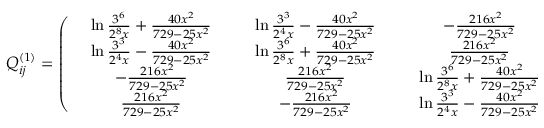
Q _ { i j } ^ { ( 1 ) } = \left( \begin{array} { c c c c } { { \; \; \; \ln \frac { 3 ^ { 6 } } { 2 ^ { 8 } x } + \frac { 4 0 x ^ { 2 } } { 7 2 9 - 2 5 x ^ { 2 } } \; \; \; } } & { { \; \; \; \ln \frac { 3 ^ { 3 } } { 2 ^ { 4 } x } - \frac { 4 0 x ^ { 2 } } { 7 2 9 - 2 5 x ^ { 2 } } \; \; \; } } & { { - \frac { 2 1 6 x ^ { 2 } } { 7 2 9 - 2 5 x ^ { 2 } } } } & { { \frac { 2 1 6 x ^ { 2 } } { 7 2 9 - 2 5 x ^ { 2 } } } } \\ { { \ln \frac { 3 ^ { 3 } } { 2 ^ { 4 } x } - \frac { 4 0 x ^ { 2 } } { 7 2 9 - 2 5 x ^ { 2 } } } } & { { \ln \frac { 3 ^ { 6 } } { 2 ^ { 8 } x } + \frac { 4 0 x ^ { 2 } } { 7 2 9 - 2 5 x ^ { 2 } } } } & { { \frac { 2 1 6 x ^ { 2 } } { 7 2 9 - 2 5 x ^ { 2 } } } } & { { - \frac { 2 1 6 x ^ { 2 } } { 7 2 9 - 2 5 x ^ { 2 } } } } \\ { { - \frac { 2 1 6 x ^ { 2 } } { 7 2 9 - 2 5 x ^ { 2 } } } } & { { \frac { 2 1 6 x ^ { 2 } } { 7 2 9 - 2 5 x ^ { 2 } } } } & { { \; \; \; \ln \frac { 3 ^ { 6 } } { 2 ^ { 8 } x } + \frac { 4 0 x ^ { 2 } } { 7 2 9 - 2 5 x ^ { 2 } } \; \; \; } } & { { \; \; \; \ln \frac { 3 ^ { 3 } } { 2 ^ { 4 } x } - \frac { 4 0 x ^ { 2 } } { 7 2 9 - 2 5 x ^ { 2 } } \; \; \; } } \\ { { \frac { 2 1 6 x ^ { 2 } } { 7 2 9 - 2 5 x ^ { 2 } } } } & { { - \frac { 2 1 6 x ^ { 2 } } { 7 2 9 - 2 5 x ^ { 2 } } } } & { { \ln \frac { 3 ^ { 3 } } { 2 ^ { 4 } x } - \frac { 4 0 x ^ { 2 } } { 7 2 9 - 2 5 x ^ { 2 } } } } & { { \ln \frac { 3 ^ { 6 } } { 2 ^ { 8 } x } + \frac { 4 0 x ^ { 2 } } { 7 2 9 - 2 5 x ^ { 2 } } } } \end{array} \right)